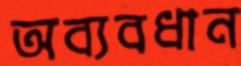
অব্যবধান